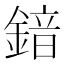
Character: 𮢣